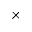
\times